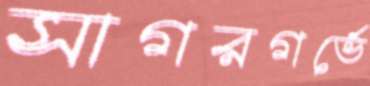
সাগরগর্ভে